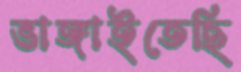
ভাঙ্গাইতেছি